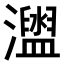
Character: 𤃗